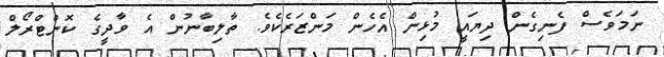
ނަމަވެސް ފެނިގެން ދިޔައީ މުޅިން އެހެން މަންޒަރެކެވެ. ތާލިބާނުން އެ ވާދީގެ ކޮންޓްރޯލް